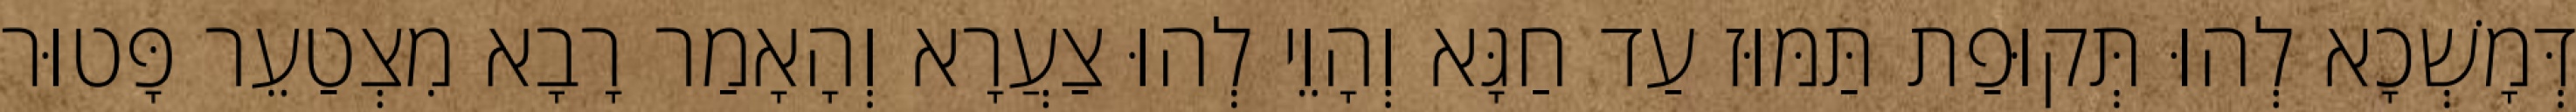
דְּמָשְׁכָא לְהוּ תְּקוּפַת תַּמּוּז עַד חַגָּא וְהָוֵי לְהוּ צַעֲרָא וְהָאָמַר רָבָא מִצְטַעֵר פָּטוּר